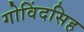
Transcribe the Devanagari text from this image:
गोविंदसिह